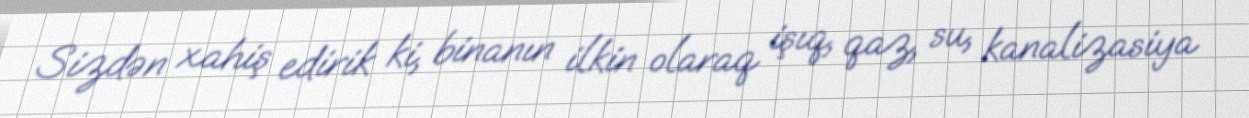
Sizdən xahiş edirik ki, binanın ilkin olaraq işıq, qaz, su, kanalizasiya